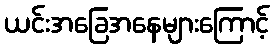
ယင်းအခြေအနေများကြောင့်